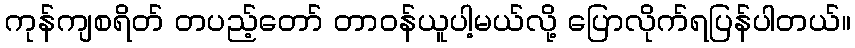
ကုန်ကျစရိတ် တပည့်တော် တာဝန်ယူပါ့မယ်လို့ ပြောလိုက်ရပြန်ပါတယ်။